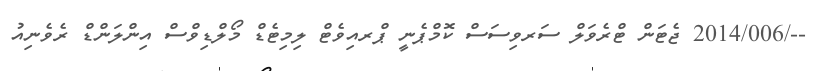
--/2014/006 ޖެޓަން ޓްރެވަލް ސަރވިސަސް ކޮމްޕެނީ ޕްރއިވެޓް ލިމިޓެޑް މޯލްޑިވްސް އިންލަންޑް ރެވެނިއު